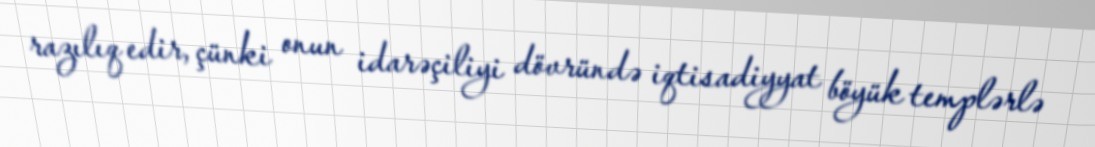
razılıq edir, çünki onun idarəçiliyi dövründə iqtisadiyyat böyük templərlə